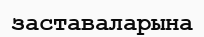
заставаларына